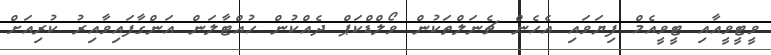
ވީޓީވީއާއި ޓީވީއެމް ފިޔަވައި އެހެން ޗެނަލްތަކުން ވޯލްޑްކަޕް ދެއްކުން ހުއްޓާލަން އަންގާފައިވާއިރު ކުރިއަށް